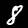
Digit: 8